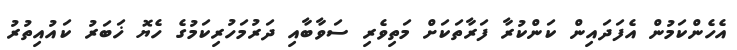
އެހެންކަމުން އެފަދައިން ކަންކުރާ ފަރާތަކަށް މަތިވެރި ސަވާބާއި ދަރުމަހުރިކަމުގެ ހެޔޮ ޚަބަރު ކައުއިތުރު